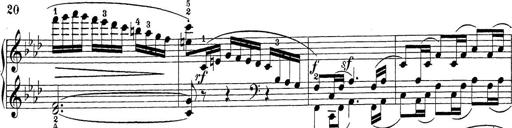
Title: Sonatina Album
Composer: Louis KÃ¶hler